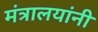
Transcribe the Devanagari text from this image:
मंत्रालयांनी